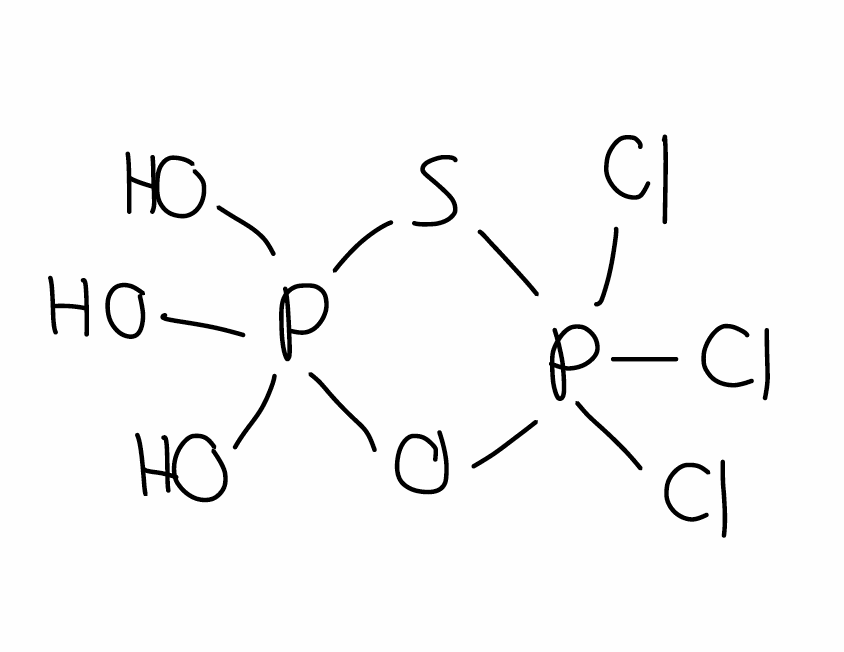
Simplified molecular-input line-entry system (SMILES) notation of the given molecule:
OP1(OP(S1)(Cl)(Cl)Cl)(O)O